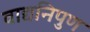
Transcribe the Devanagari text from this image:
वाद्यनिपुण